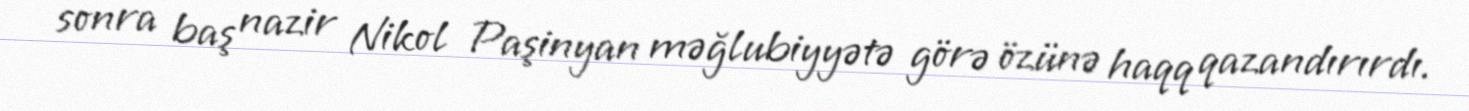
sonra baş nazir Nikol Paşinyan məğlubiyyətə görə özünə haqq qazandırırdı.